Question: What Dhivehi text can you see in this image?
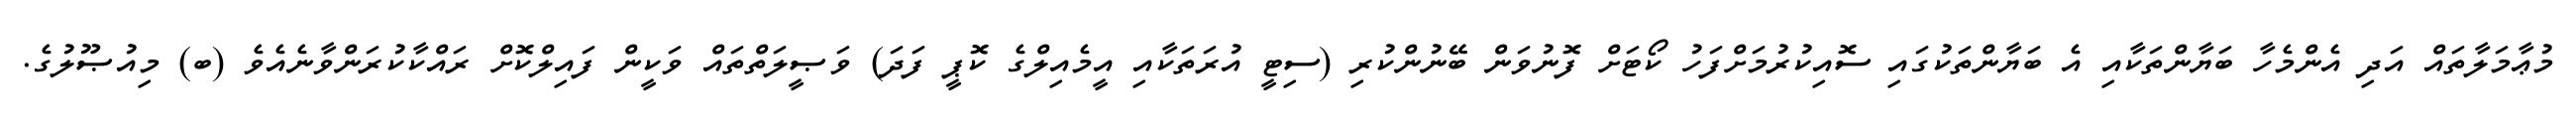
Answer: މުޢާމަލާތައް އަދި އެންމެހާ ބަޔާންތަކާއި އެ ބަޔާންތަކުގައި ސޮއިކުރުމަށްފަހު ކޯޓަށް ފޮނުވަން ބޭނުންކުރި (ސިޓީ އުރަތަކާއި އީމެއިލްގެ ކޮޕީ ފަދަ) ވަޞީލަތްތައް ވަކީން ފައިލްކޮށް ރައްކާކުރަންވާނެއެވެ (ބ) މިއުޞޫލުގެ.